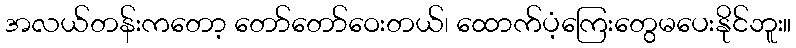
အလယ်တန်းကတော့ တော်တော်ဝေးတယ်၊ ထောက်ပံ့ကြေးတွေမပေးနိုင်ဘူး။